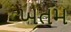
ખતમ